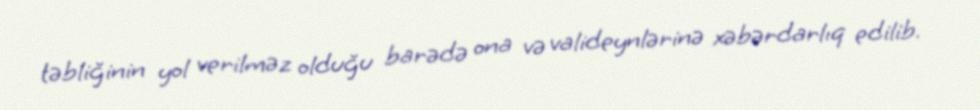
təbliğinin yol verilməz olduğu barədə ona və valideynlərinə xəbərdarlıq edilib.